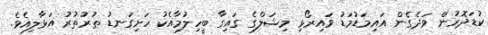
ކުޑަދޮރުން ވަދެގެން އައިމަޑުމަޑު ވައިރޯޅި މިޝަލްގެ ގައިގާ ބީހިލުމާއެކު ހަށިގަނޑު ތުރުތުރު އަޅާލިއެވެ.